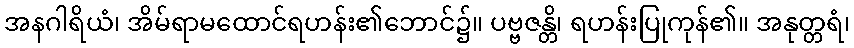
အနဂါရိယံ၊ အိမ်ရာမထောင်ရဟန်း၏ဘောင်၌။ ပဗ္ဗဇန္တိ၊ ရဟန်းပြုကုန်၏။ အနုတ္တရံ၊